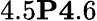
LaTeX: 4.5\le P\le 4.6